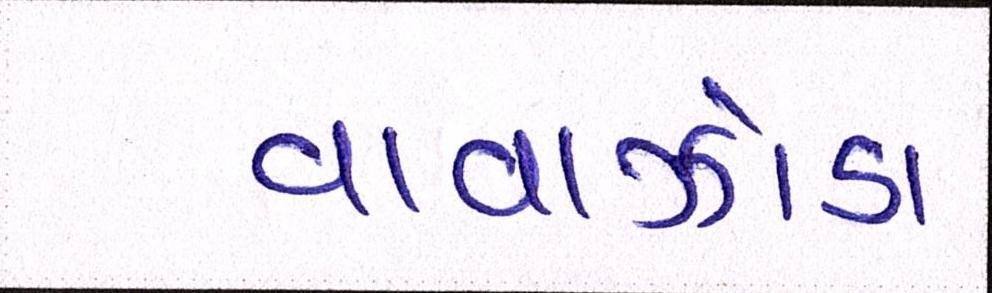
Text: વાવાઝોડા